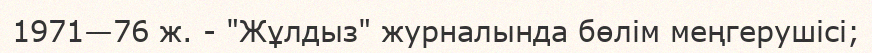
1971—76 ж. - "Жұлдыз" журналында бөлім меңгерушісі;